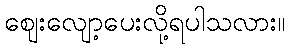
ဈေးလျော့ပေးလို့ရပါသလား။